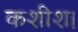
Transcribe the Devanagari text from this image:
कशीश।